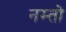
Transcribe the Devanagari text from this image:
नम्तो